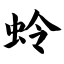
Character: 蛉